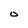
Character: O